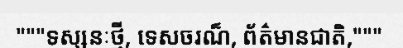
"""ទស្សនៈថ្មី, ទេសចរណ៏, ព័ត៌មានជាតិ,"""